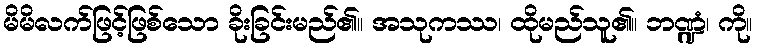
မိမိလက်ဖြင့်ဖြစ်သော ခိုးခြင်းမည်၏။ အသုကဿ၊ ထိုမည်သူ၏။ ဘဏ္ဍံ၊ ကို။